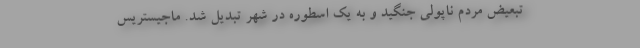
تبعیض مردم ناپولی جنگید و به یک اسطوره در شهر تبدیل شد. ماجیستریس